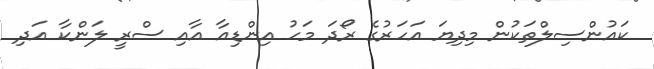
ކައުންސިލްތަކުން މިދިޔަ އަހަރުގެ ރޯދަ މަހު އިންޑިއާ އާއި ސްރީ ލަންކާ އަދި